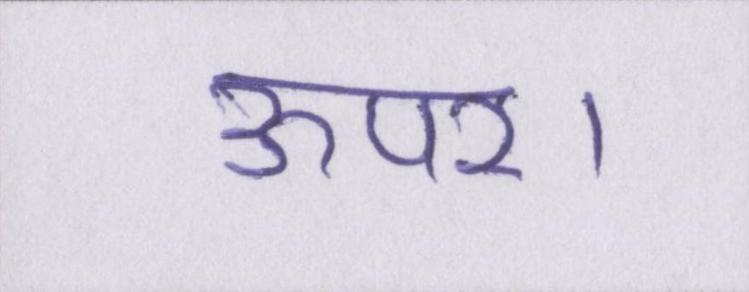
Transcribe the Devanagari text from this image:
ऊपर।